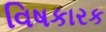
વિષકારક